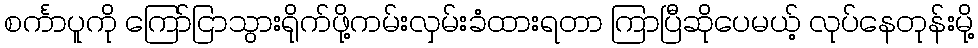
စင်္ကာပူကို ကြော်ငြာသွားရိုက်ဖို့ကမ်းလှမ်းခံထားရတာ ကြာပြီဆိုပေမယ့် လုပ်နေတုန်းမို့